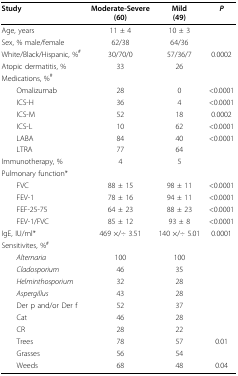
<table><thead><tr><td><b>Study</b></td><td><b>Moderate-Severe(60)</b></td><td><b>Mild(49)</b></td><td><b><i>P</i></b></td></tr></thead><tbody><tr><td>Age, years</td><td>11 ± 4</td><td>10 ± 3</td><td></td></tr><tr><td>Sex, % male/female</td><td>62/38</td><td>64/36</td><td></td></tr><tr><td>White/Black/Hispanic, %<sup>#</sup></td><td>30/70/0</td><td>57/36/7</td><td>0.0002</td></tr><tr><td>Atopic dermatitis, %</td><td>33</td><td>26</td><td></td></tr><tr><td>Medications, %<sup>#</sup></td><td></td><td></td><td></td></tr><tr><td> Omalizumab</td><td>28</td><td>0</td><td>&lt;0.0001</td></tr><tr><td> ICS-H</td><td>36</td><td>4</td><td>&lt;0.0001</td></tr><tr><td> ICS-M</td><td>52</td><td>18</td><td>0.0002</td></tr><tr><td> ICS-L</td><td>10</td><td>62</td><td>&lt;0.0001</td></tr><tr><td> LABA</td><td>84</td><td>40</td><td>&lt;0.0001</td></tr><tr><td> LTRA</td><td>77</td><td>64</td><td></td></tr><tr><td>Immunotherapy, %</td><td>4</td><td>5</td><td></td></tr><tr><td>Pulmonary function*</td><td></td><td></td><td></td></tr><tr><td> FVC</td><td>88 ± 15</td><td>98 ± 11</td><td>&lt;0.0001</td></tr><tr><td> FEV-1</td><td>78 ± 16</td><td>94 ± 11</td><td>&lt;0.0001</td></tr><tr><td> FEF-25-75</td><td>64 ± 23</td><td>88 ± 23</td><td>&lt;0.0001</td></tr><tr><td> FEV-1/FVC</td><td>85 ± 12</td><td>93 ± 8</td><td>&lt;0.0001</td></tr><tr><td>IgE, IU/ml*</td><td>469 ×/÷ 3.51</td><td>140 ×/÷ 5.01</td><td>0.0001</td></tr><tr><td>Sensitivites, %<sup>#</sup></td><td></td><td></td><td></td></tr><tr><td> <i>Alternaria</i></td><td>100</td><td>100</td><td></td></tr><tr><td> <i>Cladosporium</i></td><td>46</td><td>35</td><td></td></tr><tr><td> <i>Helminthosporium</i></td><td>32</td><td>28</td><td></td></tr><tr><td> <i>Aspergillus</i></td><td>43</td><td>28</td><td></td></tr><tr><td> Der p and/or Der f</td><td>52</td><td>37</td><td></td></tr><tr><td> Cat</td><td>46</td><td>28</td><td></td></tr><tr><td> CR</td><td>28</td><td>22</td><td></td></tr><tr><td> Trees</td><td>78</td><td>57</td><td>0.01</td></tr><tr><td> Grasses</td><td>56</td><td>54</td><td></td></tr><tr><td> Weeds</td><td>68</td><td>48</td><td>0.04</td></tr></tbody></table>